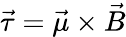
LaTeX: \vec{\tau}=\vec{\mu}\times\vec{B}